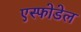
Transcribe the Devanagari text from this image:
एस्फोडेल